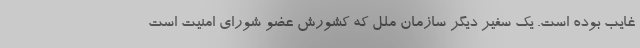
غایب بوده است. یک سفیر دیگر سازمان ملل که کشورش عضو شورای امنیت است